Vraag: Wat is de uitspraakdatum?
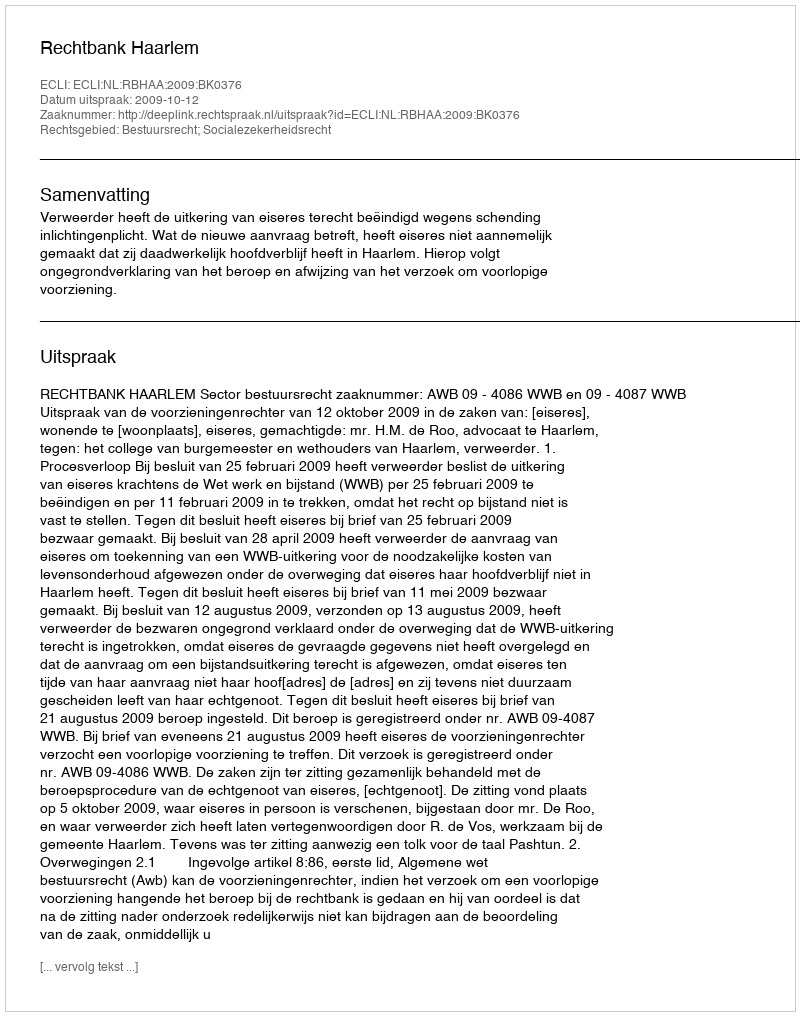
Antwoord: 2009-10-12